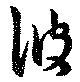
彼